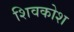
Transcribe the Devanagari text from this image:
शिवकोश